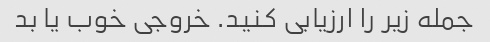
جمله زیر را ارزیابی کنید. خروجی خوب یا بد